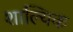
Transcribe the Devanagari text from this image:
शाल्यिक